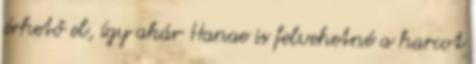
érhető el, így akár Hanae is felvehetné a harcot